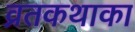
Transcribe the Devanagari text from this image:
व्रतकथाका